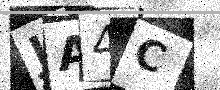
Text: JA4C